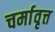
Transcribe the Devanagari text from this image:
चर्मावृत्त